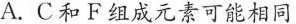
A.C和F组成元素可能相同